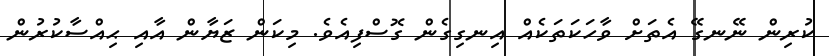
ކުރިން ނޭނގޭ އެތަށް ވާހަކަތަކެއް އިނގިގެން ގޮސްފިއެވެ. މިކަން ޒަޔާން އާއި ޙިއްސާކުރުން